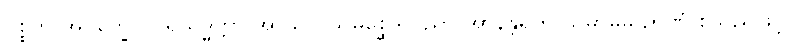
ဝုစ္စတိ အဝက္ခေပ ပရိသုဒ္ဓတ္တာ အာသဝ သမုစ္ဆေဒ ပညာ အာနန္တရိက သမာဓိမှိ ဉာဏံ စသည်ဖြင့်